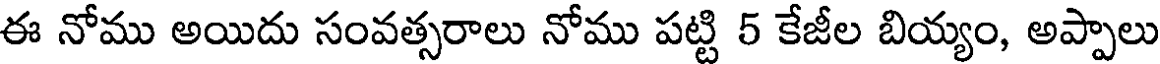
ఈ నోము అయిదు సంవత్సరాలు నోము పట్టి 5 కేజీల బియ్యం, అప్పాలు